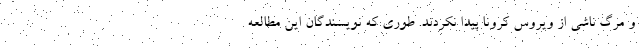
و مرگ ناشی از ویروس کرونا پیدا نکردند. طوری که نویسندگان این مطالعه